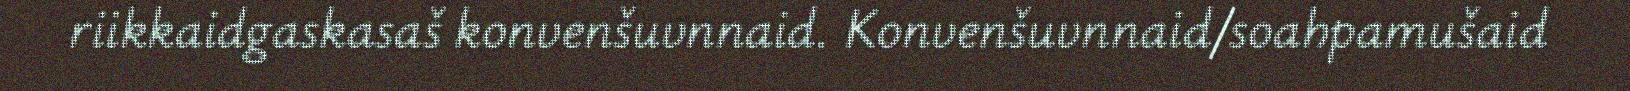
riikkaidgaskasaš konvenšuvnnaid. Konvenšuvnnaid/soahpamušaid